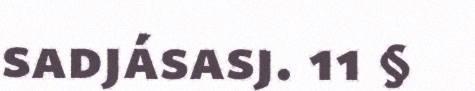
sadjásasj. 11 §